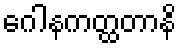
ဂေါနကတ္ထတာနိ